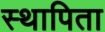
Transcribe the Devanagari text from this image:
स्थापिता